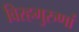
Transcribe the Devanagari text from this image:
विरहगुरुणां